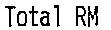
TOTAL RM